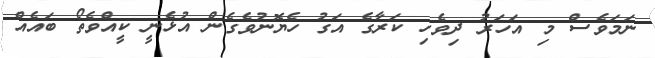
ނަމަވެސް މި އަހަރު ދިވެހި ކަރާގެ އަގު ހެޔޮނުވެގެން އުޅެނީ ކީއްވެތޯ ބައެއް